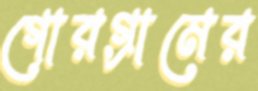
গোরগ্রামের